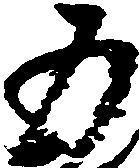
五